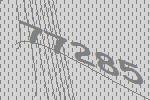
77285